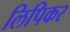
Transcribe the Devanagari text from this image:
लिपिकर